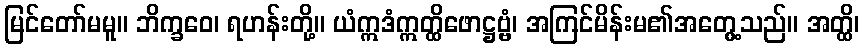
မြင်တော်မမူ။ ဘိက္ခဝေ၊ ရဟန်းတို့။ ယံဣဒံဣတ္ထိဖောဋ္ဌဗ္ဗံ၊ အကြင်မိန်းမ၏အတွေ့သည်။ အတ္ထိ၊